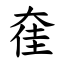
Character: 㚝